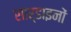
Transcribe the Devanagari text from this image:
सार्डाइनों